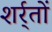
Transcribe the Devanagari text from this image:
शर्र्तों